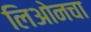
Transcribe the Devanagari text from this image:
लिओनचा